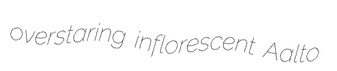
overstaring inflorescent Aalto